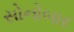
સોનોબાર